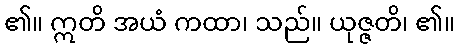
၏။ ဣတိ အယံ ကထာ၊ သည်။ ယုဇ္ဇတိ၊ ၏။